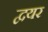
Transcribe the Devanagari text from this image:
द्वयर